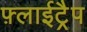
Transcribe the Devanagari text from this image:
फ़्लाईट्रैप